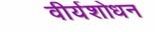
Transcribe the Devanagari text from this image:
वीर्यशोधन